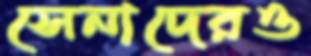
সেনাদেরও